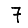
Digit: 7